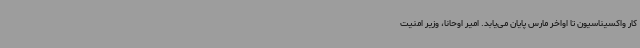
کار واکسیناسیون تا اواخر مارس پایان می‌یابد. امیر اوحانا، وزیر امنیت